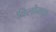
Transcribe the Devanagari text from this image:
विलोमक